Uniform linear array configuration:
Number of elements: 8
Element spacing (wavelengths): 0.75
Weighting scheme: kaiser
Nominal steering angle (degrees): -45
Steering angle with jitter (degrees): -43.276
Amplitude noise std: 0.05
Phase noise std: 0.05

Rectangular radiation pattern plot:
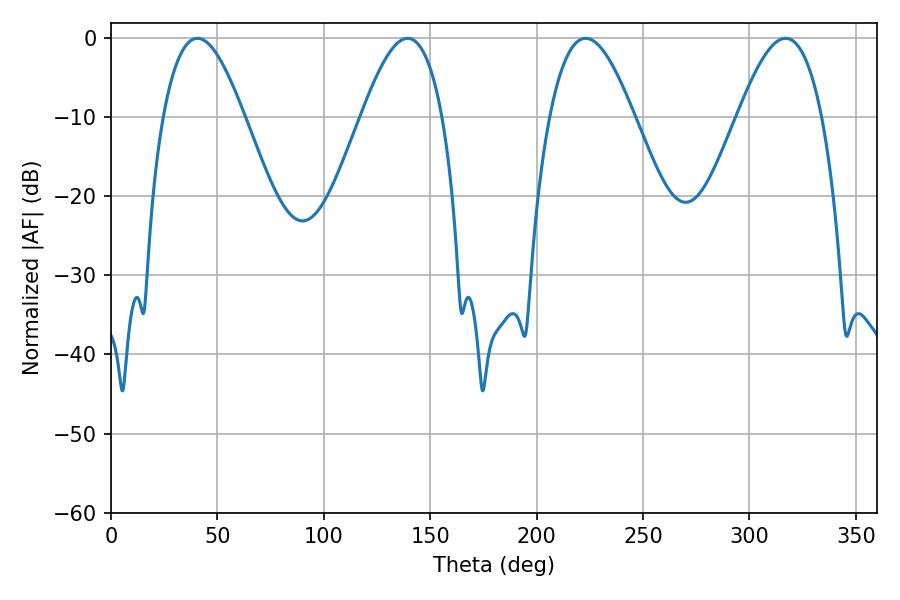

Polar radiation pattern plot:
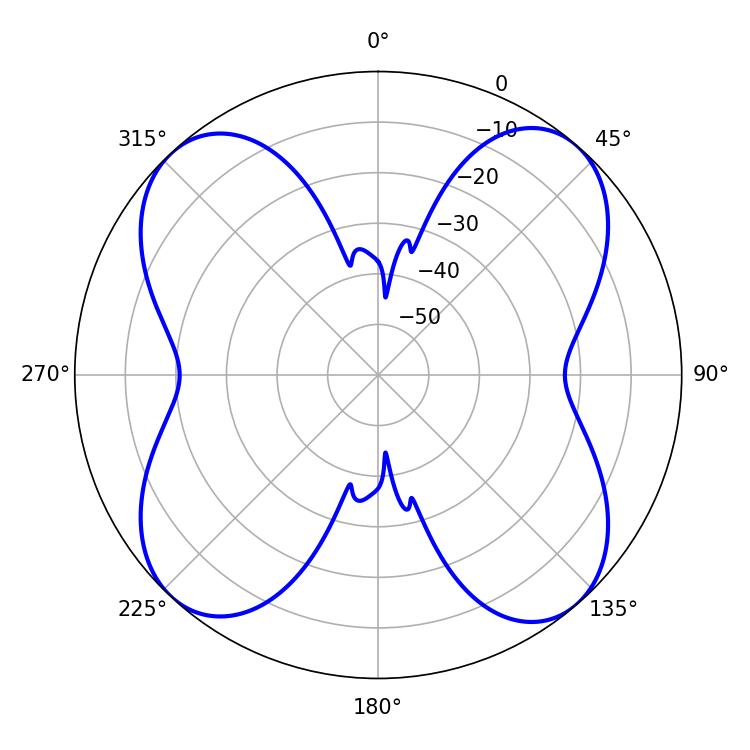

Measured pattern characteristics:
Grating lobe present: TRUE
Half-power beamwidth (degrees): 21.6
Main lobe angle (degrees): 223.02